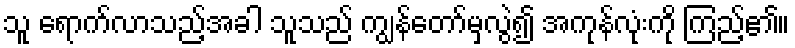
သူ ရောက်လာသည့်အခါ သူသည် ကျွန်တော်မှလွဲ၍ အကုန်လုံးကို ကြည့်၏။